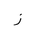
Letter: _zay